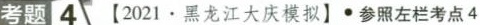
考题4【2021·黑龙江大庆模拟】∙参照左栏考点4